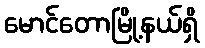
မောင်တောမြို့နယ်ရှိ